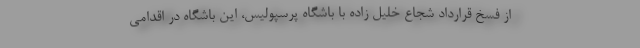
از فسخ قرارداد شجاع خلیل زاده با باشگاه پرسپولیس، این باشگاه در اقدامی